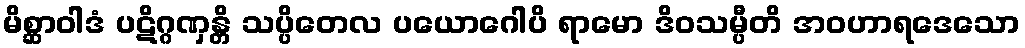
မိစ္ဆာဝါဒံ ပဋိဂ္ဂဏှန္တိ သပ္ပိတေလ ပယောဂေါပိ ရာမော ဒိဝသမ္ပီတိ အဝဟာရဒေသော